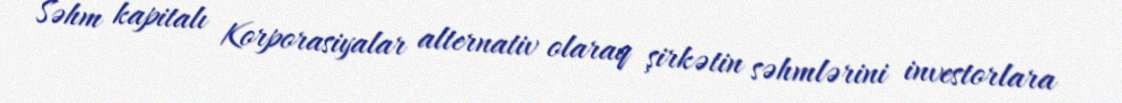
Səhm kapitalı Korporasiyalar alternativ olaraq şirkətin səhmlərini investorlara